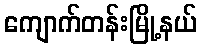
ကျောက်တန်းမြို့နယ်